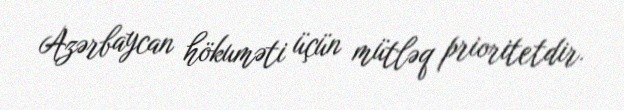
Azərbaycan hökuməti üçün mütləq prioritetdir.